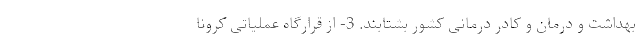
بهداشت و درمان و کادر درمانی کشور بشتابند. 3- از قرارگاه عملیاتی کرونا